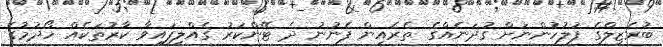
ބުރެޒިލްގެ ފުލުހުންނަށް ގުދަނެއްގެ ތެރެއިން ފެނުނު ދެ ޓޭންކަރު ގެއްލިފައިވާ ކާރުތަކެއް ހޯދުމުގެ